Indian journal of veterinary science and animal husbandry - Volumes 18-21, 1948-1951
Year: 1948
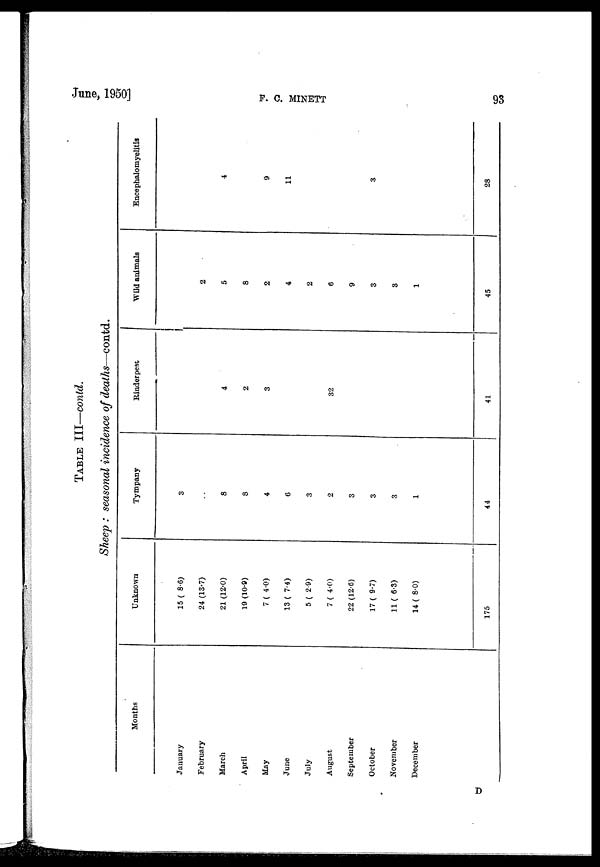
June, 1950]
F.
C.
MINETT
93
TABLE III—contd.
Sheep : seasonal incidence of deaths—contd.
Months
January
February
March
April
May
June
July
August
September
October
November
December
Unknown
15 (8.6)
24 (13.7)
21 (12.0)
19 (10.9)
7 (4.0)
13 (7.4)
5 (2.9)
7 (4.0)
22 (12.6)
17 (9.7)
11 (6.3)
14 (8.0)
175
Tympany
3
. .
8
8
4
6
3
2
3
3
3
1
44
Rinderpest
4
2
3
32
41
Wild animals
2
5
8
2
4
2
6
9
3
3
1
45
Encephalomyelitis
4
9
11
3
28
D